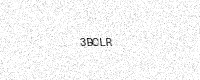
Text: 3BCLR